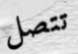
تتصل